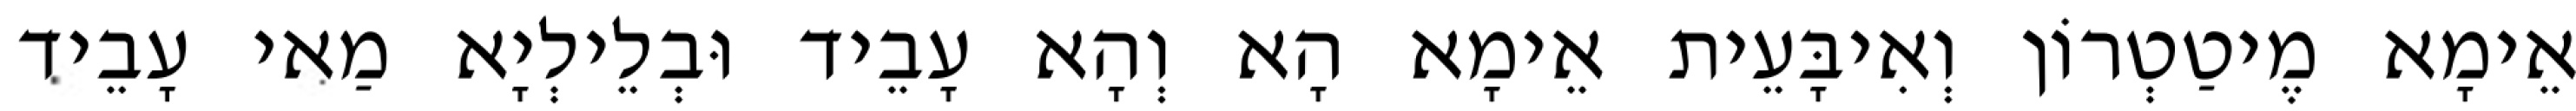
אֵימָא מֶיטַטְרוֹן וְאִיבָּעֵית אֵימָא הָא וְהָא עָבֵיד וּבְלֵילְיָא מַאי עָבֵיד